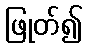
ဖြုတ်၍